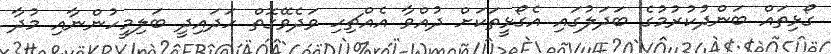
ގޯޅިތައް ބަންދުކުރުމުގެ ބަދަލުގައި އެގޯޅީތަކަށް ދުއްވާ އެއްޗިހި ވަދެވޭގޮތް ހަދައިދީ ބަލިމީހުންނާއި މުދާ